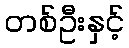
တစ်ဦးနှင့်